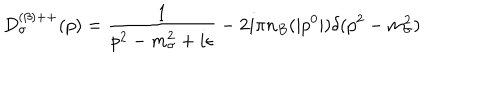
D _ { \sigma } ^ { ( \beta ) + + } ( p ) = \frac { 1 } { p ^ { 2 } - m _ { \sigma } ^ { 2 } + i \epsilon } - 2 i \pi n _ { B } ( | p ^ { 0 } | ) \delta ( p ^ { 2 } - m _ { \sigma } ^ { 2 } )